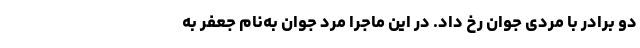
دو برادر با مردی جوان رخ داد. در این ماجرا مرد جوان به‌نام جعفر به